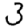
Digit: 3